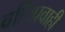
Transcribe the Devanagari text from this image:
बहिःप्रवाही